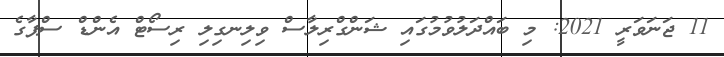
11 ޖަނަވަރީ 2021: މި ބައްދަލުވުމުގައި ޝަންގްރިލާސް ވިލިނގިލި ރިސޯޓް އެންޑް ސްޕާގެ